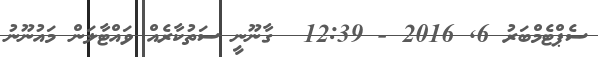
ސެޕްޓެމްބަރު 6